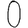
Digit: 0